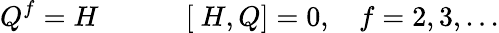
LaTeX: Q^{f}=H\: \: \: \: \: \: \, \: \: \: \: \: \: \ [\ H,Q]=0,\: \: \: \ f=2,3,...